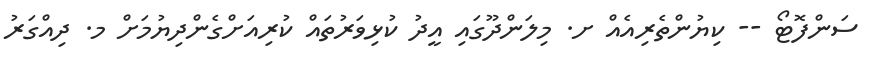
ސަންފޮޓޯ -- ކިޔުންތެރިއެއް ށ. މިލަންދޫގައި އީދު ކުޅިވަރުތައް ކުރިއަށްގެންދިޔުމަށް މ. ދިއްގަރު